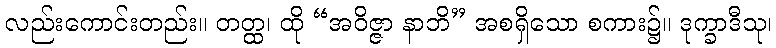
လည်းကောင်းတည်း။ တတ္ထ၊ ထို “အဝိဇ္ဇာ နာဘိ” အစရှိသော စကား၌။ ဒုက္ခာဒီသု၊